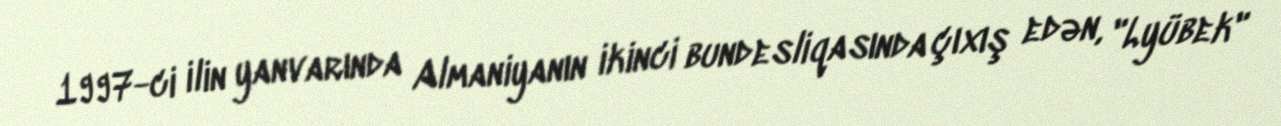
1997-ci ilin yanvarında Almaniyanın ikinci bundesliqasında çıxış edən, "Lyübek"